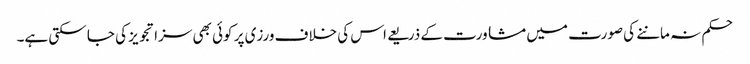
حکم نہ ماننے کی صورت میں مشاورت کے ذریعے اس کی خلاف ورزی پر کوئی بھی سزا تجویز کی جا سکتی ہے۔